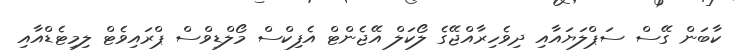
ކާބަން ގޭސް ސަޕްލަޔައާއި ދިވެހިރާއްޖޭގެ ލޯކަލް އޭޖެންޓް އެފިކްސް މޯލްޑިވްސް ޕްރައިވެޓް ލިމިޓެޑްއާއި